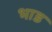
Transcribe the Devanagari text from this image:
भाड